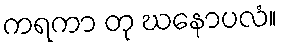
ကရကာ တု ဃနောပလံ။